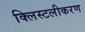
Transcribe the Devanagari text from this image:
क्लिस्टलीकरण